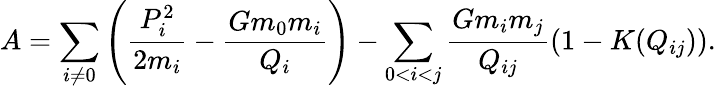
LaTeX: A=\sum_{i\ne 0}\left(\frac{P_{i}^{2}}{2m_{i}}-\frac{Gm_{0}m_{i}}{Q_{i}}\right)-\sum_{0<i<j}\frac{Gm_{i}m_{j}}{Q_{ij}}\left(1-K(Q_{ij})\right).